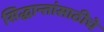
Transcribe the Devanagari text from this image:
सिद्धान्तांसाठीचे